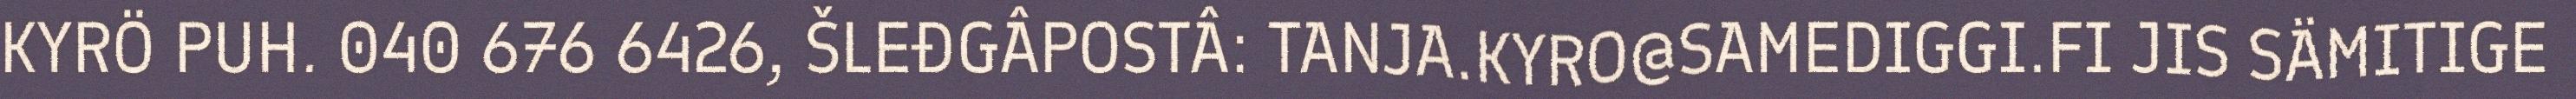
KYRÖ PUH. 040 676 6426, ŠLEĐGÂPOSTÂ: TANJA.KYRO@SAMEDIGGI.FI JIS SÄMITIGE